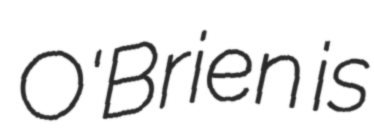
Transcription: O'Brien is